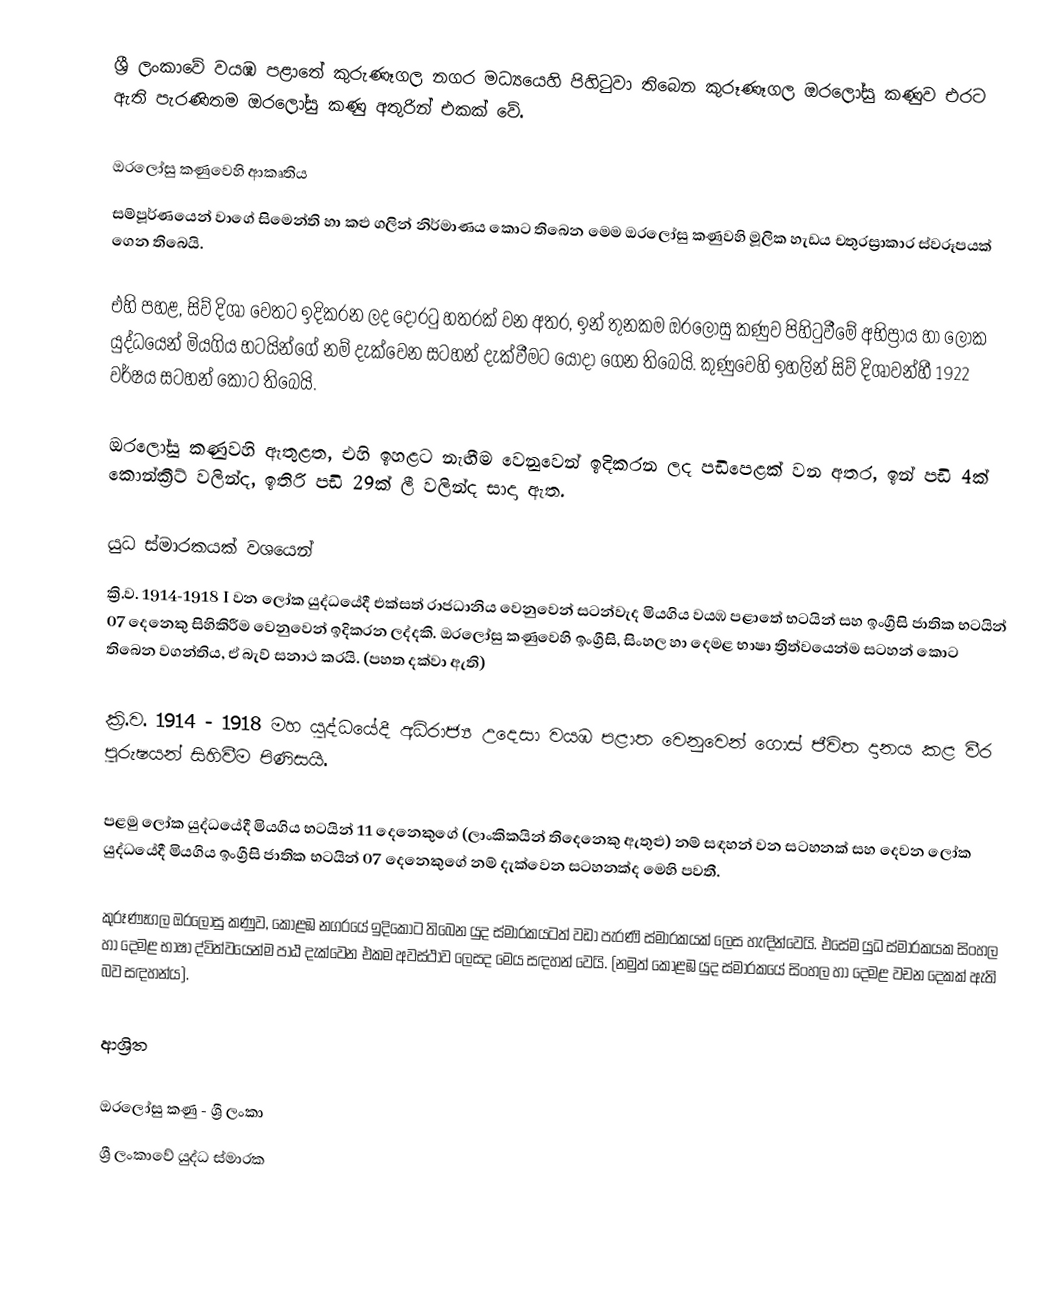
ශ්‍රී ලංකාවේ වයඹ පළාතේ කුරුණෑගල නගර මධ්‍යයෙහි පිහිටුවා තිබෙන කුරූණෑගල ඔරලෝසු කණුව එරට ඇති පැරණිතම ඔරලෝසු කණු අතුරින් එකක් වේ.

ඔරලෝසු කණුවෙහි ආකෘතිය
සම්පූර්ණයෙන් වාගේ සිමෙන්ති හා කළු ගලින් නිර්මාණය කොට තිබෙන මෙම ඔරලෝසු කණුවහි මූලික හැඩය චතුරස්‍රාකාර ස්වරූපයක් ගෙන තිබෙයි.

එහි පහළ, සිව් දිශා වෙතට ඉදිකරන ලද දොරටු හතරක් වන අතර, ඉන් තුනකම ඔරලෝසු කණුව පිහිටුවීමේ අභිප්‍රාය හා ලෝක යුද්ධයෙන් මියගිය භටයින්ගේ නම් දැක්වෙන සටහන් දැක්වීමට යොදා ගෙන තිබෙයි. කුණුවෙහි ඉහලින් සිව් දිශාවන්හී 1922 වර්ෂය සටහන් කොට තිබෙයි.

ඔරලෝසු කණුවහි ඇතුළත, එහි ඉහළට නැඟීම වෙනුවෙන් ඉදිකරන ලද පඩිපෙළක් වන අතර, ඉන් පඩි 4ක් කොන්ක්‍රීට් වලින්ද, ඉතිරි පඩි 29ක් ලී වලින්ද සාදා ඇත.

යුධ ස්මාරකයක් වශයෙන්
ක්‍රි.ව. 1914-1918 I වන ලෝක යුද්ධයේදී එක්සත් රාජධානිය වෙනුවෙන් සටන්වැද මියගිය වයඹ පළාතේ භටයින් සහ ඉංග්‍රීසි ජාතික භටයින් 07 දෙනෙකු සිහිකිරීම වෙනුවෙන් ඉදිකරන ලද්දකි. ඔරලෝසු කණුවෙහි ඉංග්‍රීසි, සිංහල හා දෙමළ භාෂා ත්‍රිත්වයෙන්ම සටහන් කොට තිබෙන වගන්තිය, ඒ බැව් සනාථ කරයි. (පහත දක්වා ඇති)

ක්‍රි.ව. 1914 - 1918 මහ යුද්ධයේදී අධිරාජ්‍ය උදෙසා වයඹ පළාත වෙනුවෙන් ගොස් ජීවිත දානය කළ වීර පුරුෂයන් සිහිවීම පිණිසයි.

පළමු ලෝක යුද්ධයේදී මියගිය භටයින් 11 දෙනෙකුගේ (ලාංකිකයින් තිදෙනෙකු ඇතුළු) නම් සඳහන් වන සටහනක් සහ දෙවන ලෝක යුද්ධයේදී මියගිය ඉංග්‍රීසි ජාතික භටයින් 07 දෙනෙකුගේ නම් දැක්වෙන සටහනක්ද මෙහි පවතී.

කුරූණෑගල ඔරලෝසු කණුව, කොළඹ නගරයේ ඉදිකොට තිබෙන යුද ස්මාරකයටත් වඩා පැරණි ස්මාරකයක් ලෙස හැඳින්වෙයි. එසේම යුධ ස්මාරකයක සිංහල හා දෙමළ භාෂා ද්විත්වයෙන්ම පාඨ දැක්වෙන එකම අවස්ථාව ලෙසද මෙය සඳහන් වෙයි. (නමුත් කොළඹ යුද ස්මාරකයේ සිංහල හා දෙමළ වචන දෙකක් ඇති බව සඳහන්ය).

ආශ්‍රිත

ඔරලෝසු කණු - ශ්‍රී ලංකා
ශ්‍රී ලංකාවේ යුද්ධ ස්මාරක